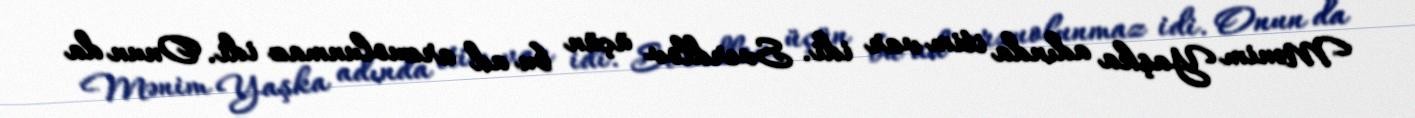
Mənim Yaşka adında itim var idi. Sverdlov üçün bu ad arzuolunmaz idi. Onun da